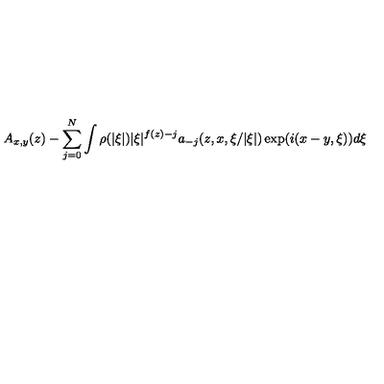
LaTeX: A _ { x , y } ( z ) - \sum _ { j = 0 } ^ { N } \int \rho ( | \xi | ) | \xi | ^ { f ( z ) - j } a _ { - j } ( z , x , \xi / | \xi | ) \exp ( i ( x - y , \xi ) ) d \xi